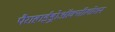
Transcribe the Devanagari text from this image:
पैराहाईड्रोऑक्सीलोशन